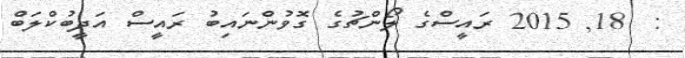
:  18